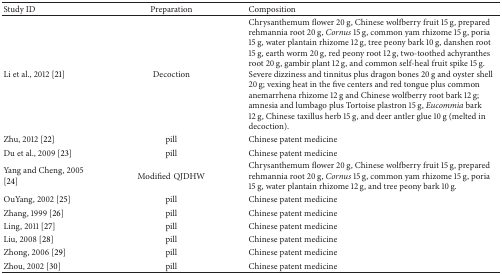
| Study ID | Preparation | Composition |
 | --- | --- | --- |
 | Li et al., 2012 [21] | Decoction | Chrysanthemum flower 20 g, Chinese wolfberry fruit 15 g, prepared rehmannia root 20 g, Cornus 15 g, common yam rhizome 15 g, poria 15 g, water plantain rhizome 12 g, tree peony bark 10 g, danshen root 15 g, earth worm 20 g, red peony root 12 g, two-toothed achyranthes root 20 g, gambir plant 12 g, and common self-heal fruit spike 15 g. Severe dizziness and tinnitus plus dragon bones 20 g and oyster shell 20 g; vexing heat in the five centers and red tongue plus common anemarrhena rhizome 12 g and Chinese wolfberry root bark 12 g; amnesia and lumbago plus Tortoise plastron 15 g, Eucommia bark 12 g, Chinese taxillus herb 15 g, and deer antler glue 10 g (melted in decoction). |
 | Zhu, 2012 [22] | pill | Chinese patent medicine |
 | Du et al., 2009 [23] | pill | Chinese patent medicine |
 | Yang and Cheng, 2005 [24] | ModifiedQJDHW | Chrysanthemum flower 20 g, Chinese wolfberry fruit 15 g, prepared rehmannia root 20 g, Cornus 15 g, common yam rhizome 15 g, poria 15 g, water plantain rhizome 12 g, and tree peony bark 10 g. |
 | OuYang, 2002 [25] | pill | Chinese patent medicine |
 | Zhang, 1999 [26] | pill | Chinese patent medicine |
 | Ling, 2011 [27] | pill | Chinese patent medicine |
 | Liu, 2008 [28] | pill | Chinese patent medicine |
 | Zhong, 2006 [29] | pill | Chinese patent medicine |
 | Zhou, 2002 [30] | pill | Chinese patent medicine |